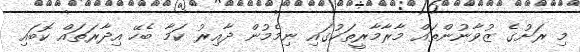
މި ރަށުގެ ޒުވާނުންތައް މާރާމާރީތަކުގައި ނިމެމުން ދާއިރު ކަމާ ބެހޭ އިދާރަތައް ކޮބައި